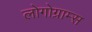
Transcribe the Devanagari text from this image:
लोगोग्राम्स